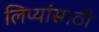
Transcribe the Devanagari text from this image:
लिप्यांसाठी